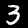
Digit: 3